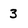
Character: 3